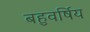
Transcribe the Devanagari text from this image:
बहुवर्षिय